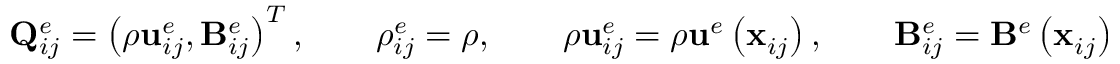
\mathbf { Q } _ { i j } ^ { e } = \left( \rho \mathbf { { u } } _ { i j } ^ { e } , \mathbf { B } _ { i j } ^ { e } \right) ^ { T } , \qquad \rho _ { i j } ^ { e } = \rho , \qquad \rho \mathbf { { u } } _ { i j } ^ { e } = \rho \mathbf { u } ^ { e } \left( \mathbf { x } _ { i j } \right) , \qquad \mathbf { B } _ { i j } ^ { e } = \mathbf { B } ^ { e } \left( \mathbf { x } _ { i j } \right)